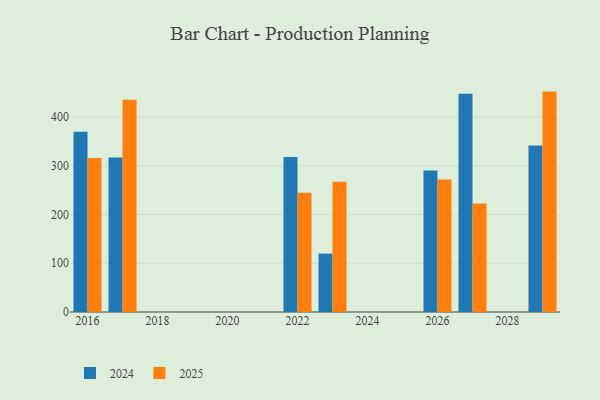
{"axis": {"x": "Year", "y": "Website Visitors"}, "legend": ["2024", "2025"], "data": [{"x": "2016", "y": 370.0, "type": "2024"}, {"x": "2016", "y": 316.0, "type": "2025"}, {"x": "2027", "y": 447.9, "type": "2024"}, {"x": "2027", "y": 222.8, "type": "2025"}, {"x": "2029", "y": 341.9, "type": "2024"}, {"x": "2029", "y": 452.5, "type": "2025"}, {"x": "2023", "y": 119.9, "type": "2024"}, {"x": "2023", "y": 267.2, "type": "2025"}, {"x": "2026", "y": 290.4, "type": "2024"}, {"x": "2026", "y": 271.8, "type": "2025"}, {"x": "2017", "y": 317.1, "type": "2024"}, {"x": "2017", "y": 435.9, "type": "2025"}, {"x": "2022", "y": 318.4, "type": "2024"}, {"x": "2022", "y": 244.7, "type": "2025"}]}